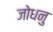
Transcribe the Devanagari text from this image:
जोधनु